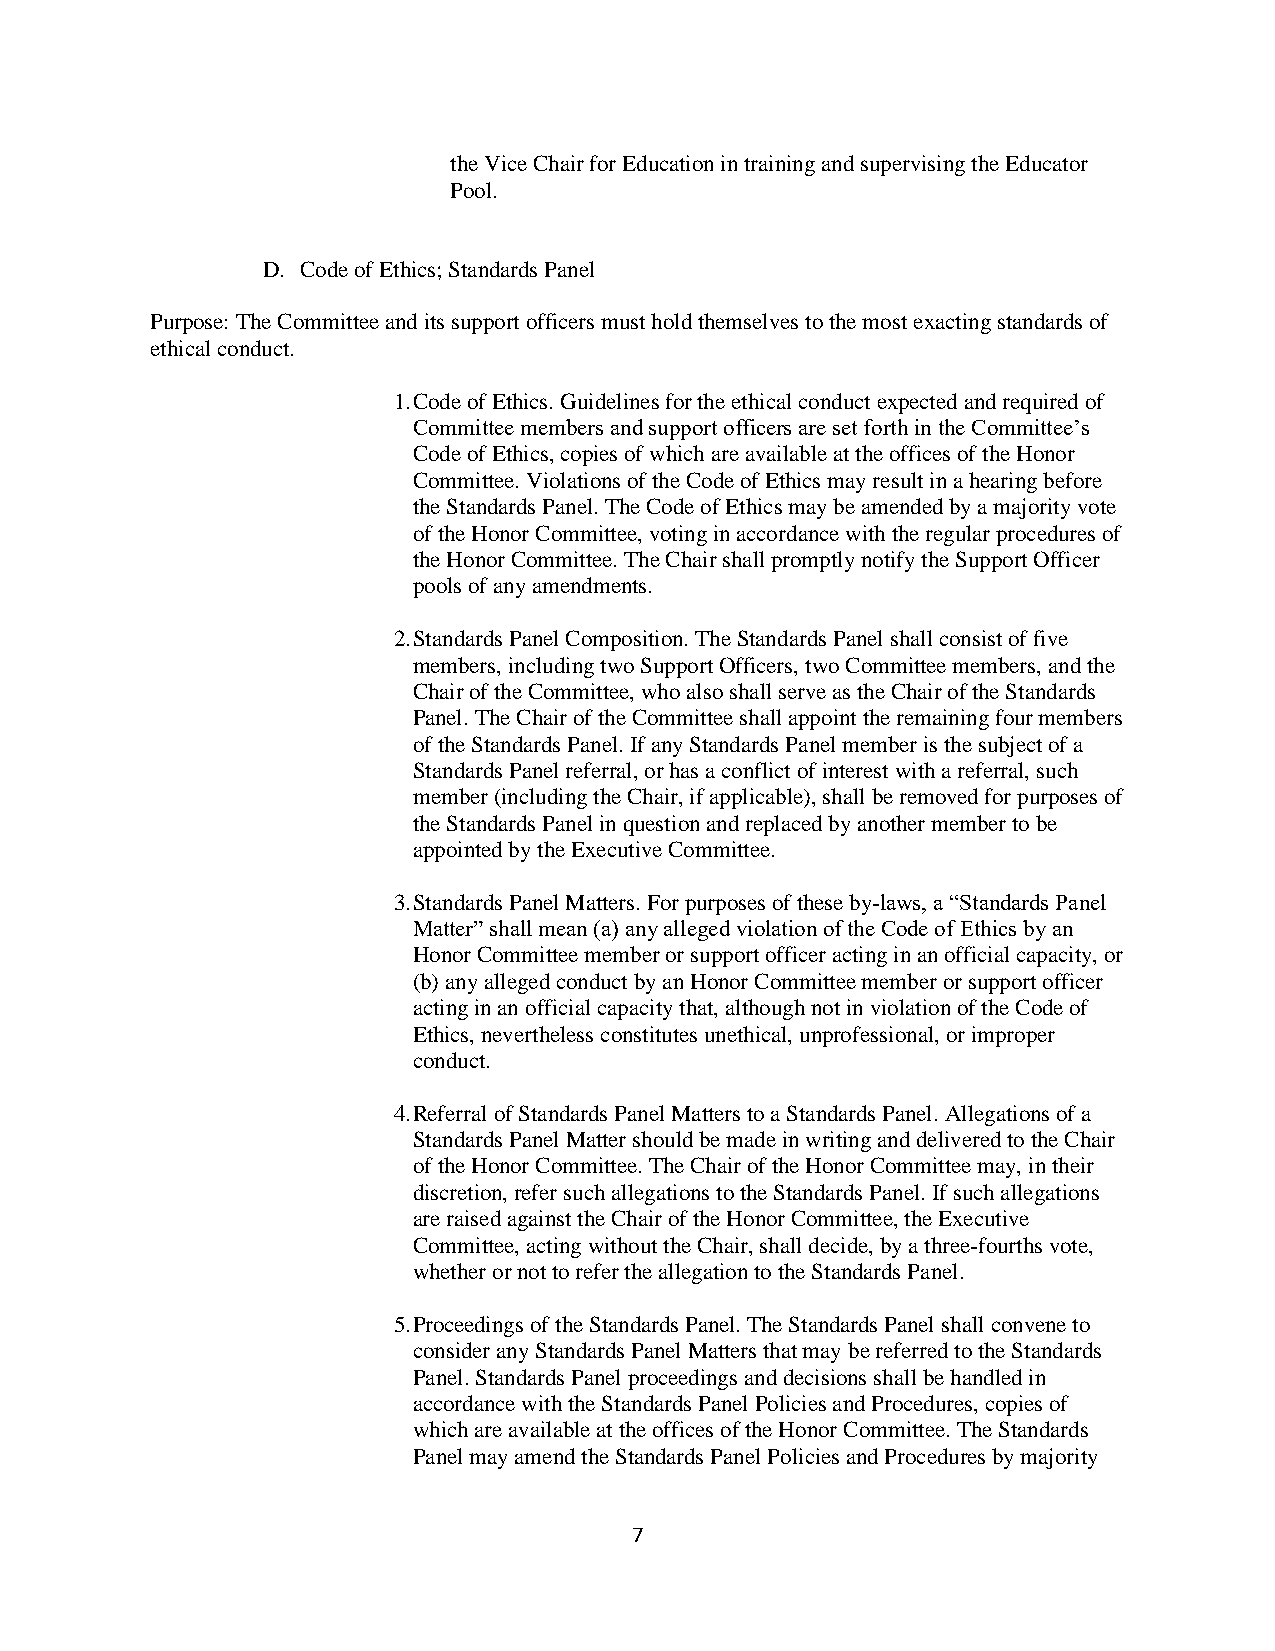
the Vice Chair for Education in training and supervising the Educator
 Pool.
 D. Code of Ethics; Standards Panel
 Purpose: The Committee and its support officers must hold themselves to the most exacting standards of
 ethical conduct.
 1. Code of Ethics. Guidelines for the ethical conduct expected and required of
 Committee members and support officers are set forth in the Committee’s
 Code of Ethics, copies of which are available at the offices of the Honor
 Committee. Violations of the Code of Ethics may result in a hearing before
 the Standards Panel. The Code of Ethics may be amended by a majority vote
 of the Honor Committee, voting in accordance with the regular procedures of
 the Honor Committee. The Chair shall promptly notify the Support Officer
 pools of any amendments.
 2. Standards Panel Composition. The Standards Panel shall consist of five
 members, including two Support Officers, two Committee members, and the
 Chair of the Committee, who also shall serve as the Chair of the Standards
 Panel. The Chair of the Committee shall appoint the remaining four members
 of the Standards Panel. If any Standards Panel member is the subject of a
 Standards Panel referral, or has a conflict of interest with a referral, such
 member (including the Chair, if applicable), shall be removed for purposes of
 the Standards Panel in question and replaced by another member to be
 appointed by the Executive Committee.
 3. Standards Panel Matters. For purposes of these by-laws, a “Standards Panel
 Matter” shall mean (a) any alleged violation of the Code of Ethics by an
 Honor Committee member or support officer acting in an official capacity, or
 (b) any alleged conduct by an Honor Committee member or support officer
 acting in an official capacity that, although not in violation of the Code of
 Ethics, nevertheless constitutes unethical, unprofessional, or improper
 conduct.
 4. Referral of Standards Panel Matters to a Standards Panel. Allegations of a
 Standards Panel Matter should be made in writing and delivered to the Chair
 of the Honor Committee. The Chair of the Honor Committee may, in their
 discretion, refer such allegations to the Standards Panel. If such allegations
 are raised against the Chair of the Honor Committee, the Executive
 Committee, acting without the Chair, shall decide, by a three-fourths vote,
 whether or not to refer the allegation to the Standards Panel.
 5. Proceedings of the Standards Panel. The Standards Panel shall convene to
 consider any Standards Panel Matters that may be referred to the Standards
 Panel. Standards Panel proceedings and decisions shall be handled in
 accordance with the Standards Panel Policies and Procedures, copies of
 which are available at the offices of the Honor Committee. The Standards
 Panel may amend the Standards Panel Policies and Procedures by majority
 7